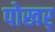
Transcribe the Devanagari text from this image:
पोखर्